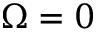
\Omega = 0